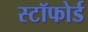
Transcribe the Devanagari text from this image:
स्टॉफोर्ड